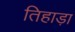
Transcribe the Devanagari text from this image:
तिहाड़ा